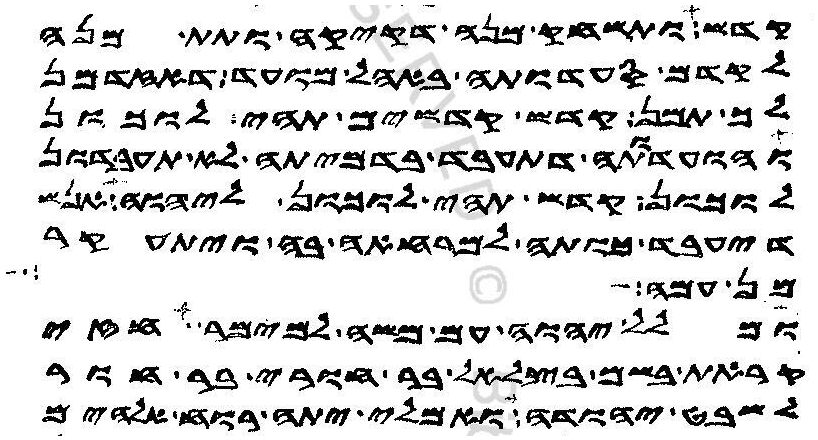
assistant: קדש ותשחק מנה דקיקה ותתן מנה
לקדם סעדותה באהל מועד דאזדמן
לך תמן קדש קדשים תהי לוכון
והועדותה דתעבד בדמיתה לא תעבדון
לוכון קדש תהי לוכון ליהוה אנש
דיעבד כותה למרחאה בה ויתעקר
מן עמה ברן
ומלל יהוה עם משה למימר חזי
קראת בשם בצלאל בר חורי בר חור
לשבט יהודה ואמלי יתה רוח אלהים